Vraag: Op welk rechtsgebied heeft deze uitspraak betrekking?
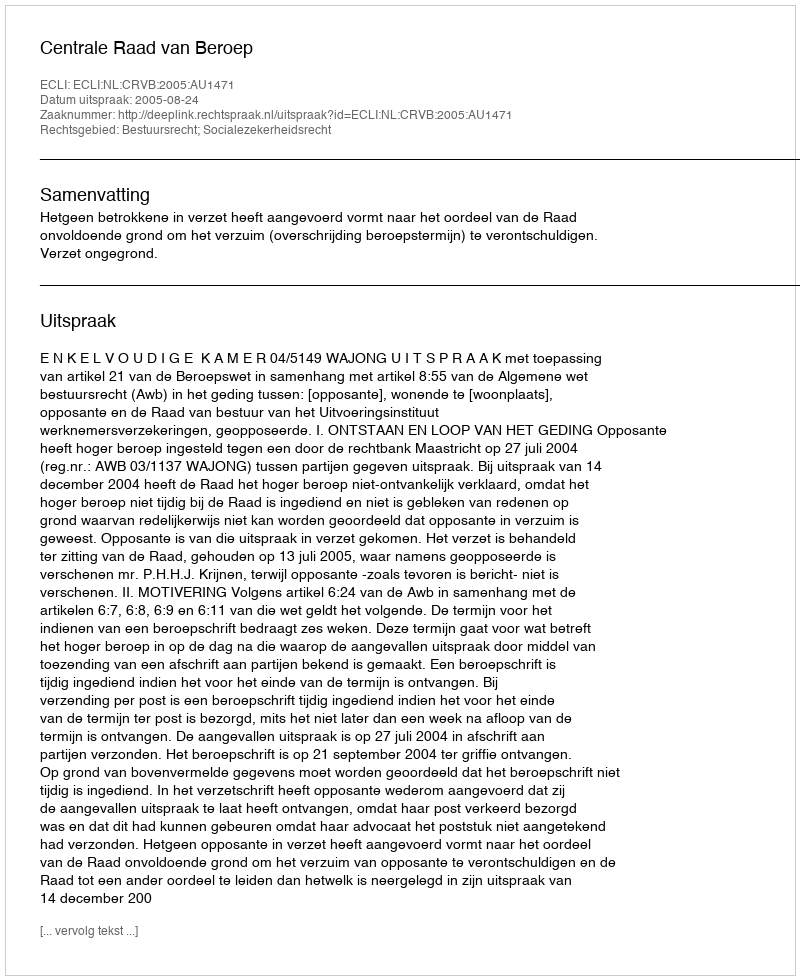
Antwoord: Bestuursrecht; Socialezekerheidsrecht